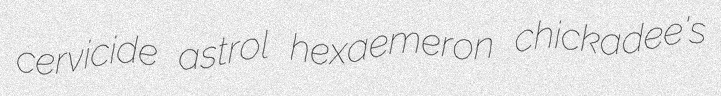
cervicide astrol hexaemeron chickadee's